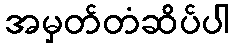
အမှတ်တံဆိပ်ပါ